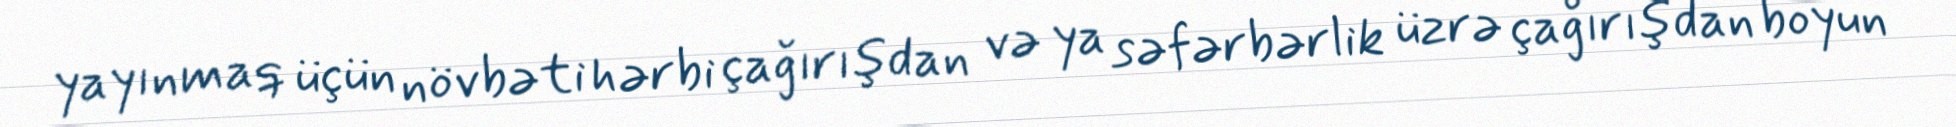
yayınmaq üçün növbəti hərbi çağırışdan və ya səfərbərlik üzrə çağırışdan boyun